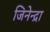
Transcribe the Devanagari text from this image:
जिनेन्द्रा